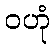
ဝဟုံ